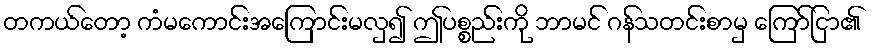
တကယ်တော့ ကံမကောင်းအကြောင်းမလှ၍ ဤပစ္စည်းကို ဘာမင် ဂန်သတင်းစာမှ ကြော်ငြာ၏